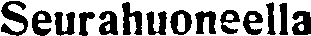
Seurahuoneella